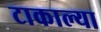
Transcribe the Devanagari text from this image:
टाकाल्या